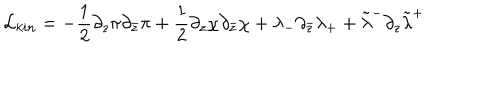
{ \cal L } _ { k i n } = - { \frac { 1 } { 2 } } \partial _ { z } \pi \partial _ { \bar { z } } \pi + { \frac { 1 } { 2 } } \partial _ { z } \chi \partial _ { \bar { z } } \chi + \lambda _ { - } \partial _ { \bar { z } } \lambda _ { + } + \tilde { \lambda } ^ { - } \partial _ { z } \tilde { \lambda } ^ { + }